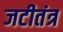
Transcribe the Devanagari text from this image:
जटीतंत्र